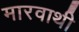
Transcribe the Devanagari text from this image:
मारवाथी